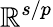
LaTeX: \mathbb{R}^{s/p}